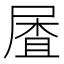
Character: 𱚼